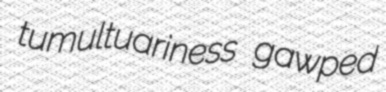
tumultuariness gawped